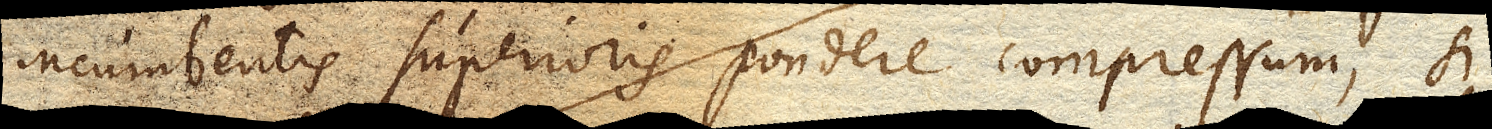
incumbentis superioris pondere compressum, si